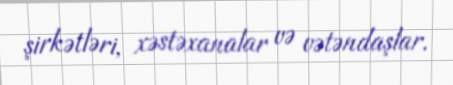
şirkətləri, xəstəxanalar və vətəndaşlar.